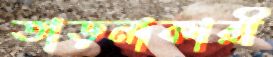
তাড়নাকারী